NAE_ERA_R-1950_Eesti_Ajakirjanike_Liit, lk 6
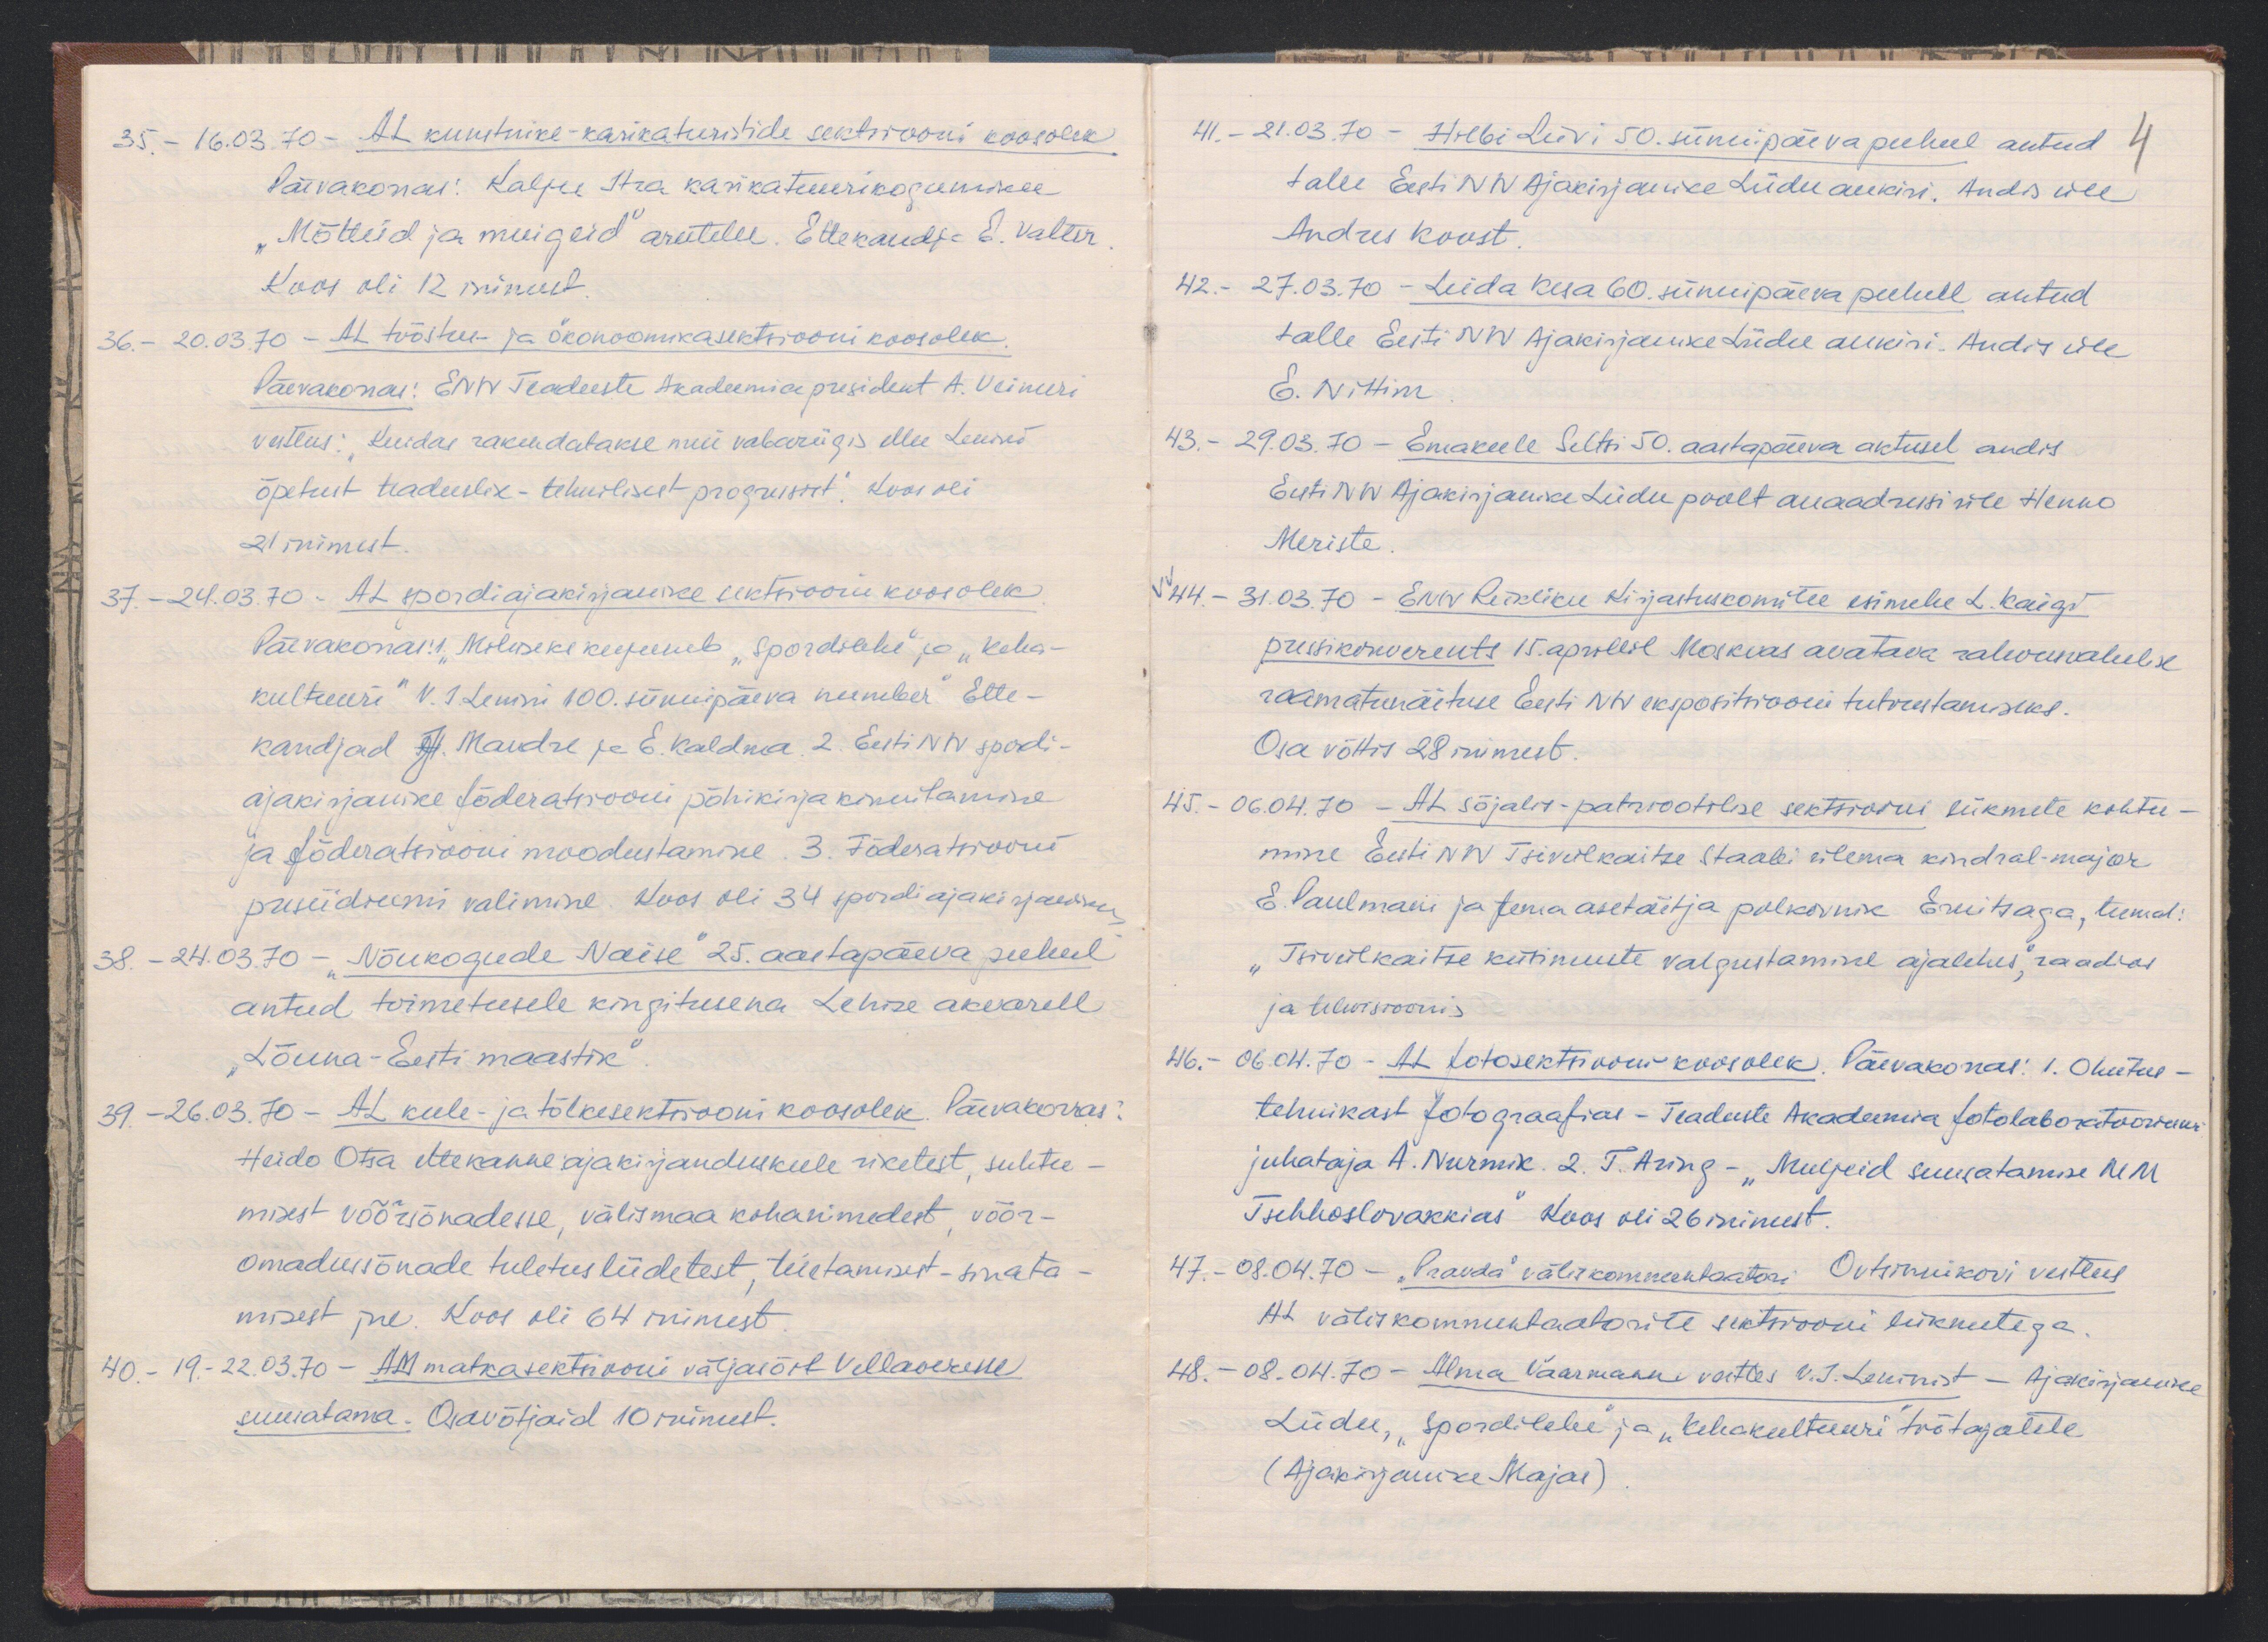
35. - 16.03.70 - AL kunstnike-karikaturistide sektsiooni koosolek
Päevakorras: Kalju Itra karikatuurikoguenemiku
"Mõtteid ja muigeid" arutelu. Ettekandja E. Valter
Koos oli 12 inimest
36. - 20.03.70 - AL tööstus- ja ökonoomikasektsiooni koosolek.
Päevakorras: ENN Teaduste Akadeemia president A. Veimeri
vestlus: "Kuidas rakendatakse meie vabariigis ellu Lenini
õpetust teaduslik-tehnilisest progressist". Koos oli
21 inimest.
37. - 24.03.70 - AL. spordiajakirjanike sektsiooni koosolek
Päevakorras: "Milliseks kujuneb "Spordilehe", ja "Keha-
kultuuri" V. I. Lenini 100. sünnipäeva number Ette-
kandjad J. Mandre ja E. Kaldma 2. Eesti NSV spordi-
ajakirjanike föderatsiooni põhikirja kinnitamine
ja föderatsiooni moodustamine. 3. Födesatsioonis
presiidiumi valimine. Koos oli 34 spordiajakirjanikku
38. - 24.03.70 - "Nõukogude Naise" 25. aastapäeva puhul
antud toimetusele kingitusena Lehise akvarell
"Lõuna-Eesti maastik"
39. - 26.03.70 - AL keele- ja tõlkesektsiooni koosolek Päevakorras:
Heido Otsa ettekanne ajakirjanduskeele riketest, suhtu-
misest võõrsõnadesse, välismaa kohanimedest, võõr-
omadussõnade tuletusliidetest, teietamisest - sinata-
misest jne. Koos oli 64 inimest.
40. - 19.02.03.70 - AM matkasektsiooni väljasõit Vellaveresse
suusatama. Osavõtjaid 10 inimest.

41. - 21.03.70 - Hilbi Liivi 50. sünnipäeva puhul antud 4
talle Eesti NSV Ajakirjanike Liidu aukiri. Andis üle
Andres Koost.
42. - 27.03.70 - Leida Kesa 60. sünnipäeva puhul antud
talle Eesti NSV Ajakirjanike Liidu aukiri. Andis üle
E. Nittim
43. - 29.03.70 - Emakeele Seltsi 50. aastapäeva aktusel andis
Eesti NSV Ajakirjanike Liidu poolt auaadressi üle Henno
Meriste
VV  44. - 31.03.70 - ENSV Riikliku kirjastuskomitee esimehe L. Kaigi
pressikonverents 15.aprillil Moskvas avatava rahvusvahelise
raamatunäituse Eesti NSV ekspositsiooni tutvustamiseks.
Osa võttis 28 inimest.
45. - 06.04.70 - AL sõjalis-patriootilise sektsiooni liikmete kohtu-
mine Eesti NSV Tsiviilkaitse staabi ülema kindral-major
E. Paulmani ja tema asetäitja polkovnik Ernitsaga, teemal:
"Tsiviilkaitse küsimuste valgustamine ajalehes", raadios
ja televisioonis
46. - 06.04.70 - AL fotosektsiooni koosolek. Päevakorras, 1. Ohutus-
tehnikast fotograafias - Teaduste Akadeemia fotolaboratooriumi
juhataja A. Nurnik. 2. T. Aring - "Muljeid suusatamise MM
Tsehhoslovakkias" Koos oli 26 inimest.
47. - 08.04.70 - "Pravda" väliskommentaatori Ovtsinnikovi vestlus
AL väliskommentaatorite sektsiooni liikmetega.
48. - 08.04.70 - Alma Vaarmann vestles V. I. Leninist - Ajakirjanike
Liidu, "Spordilehe" ja "Kehakeeltuuri" tõõtajatele
(Ajakirjanike Majas)